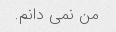
من نمی دانم.